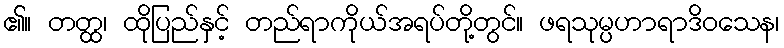
၏။ တတ္ထ၊ ထိုပြည်နှင့် တည်ရာကိုယ်အရပ်တို့တွင်။ ဖရသုမ္ပဟာရာဒိဝသေန၊